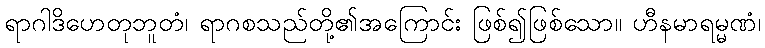
ရာဂါဒိဟေတုဘူတံ၊ ရာဂစသည်တို့၏အကြောင်း ဖြစ်၍ဖြစ်သော။ ဟီနမာရမ္မဏံ၊